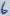
Text: 6